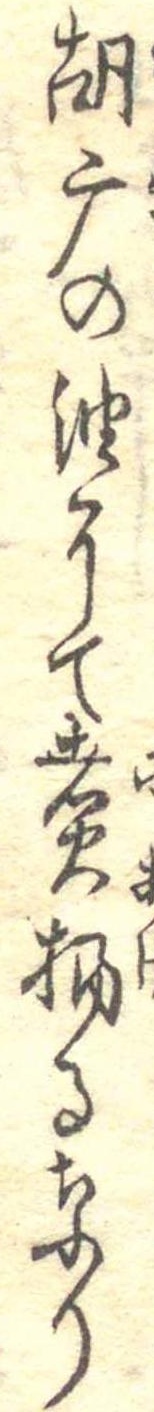
胡麻の油にて煮揚るなり